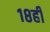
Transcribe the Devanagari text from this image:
१८ही